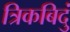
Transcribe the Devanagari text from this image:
त्रिकबिदुं